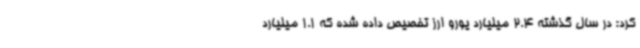
کرد: در سال گذشته 2.4 میلیارد یورو ارز تخصیص داده شده که 1.1 میلیارد